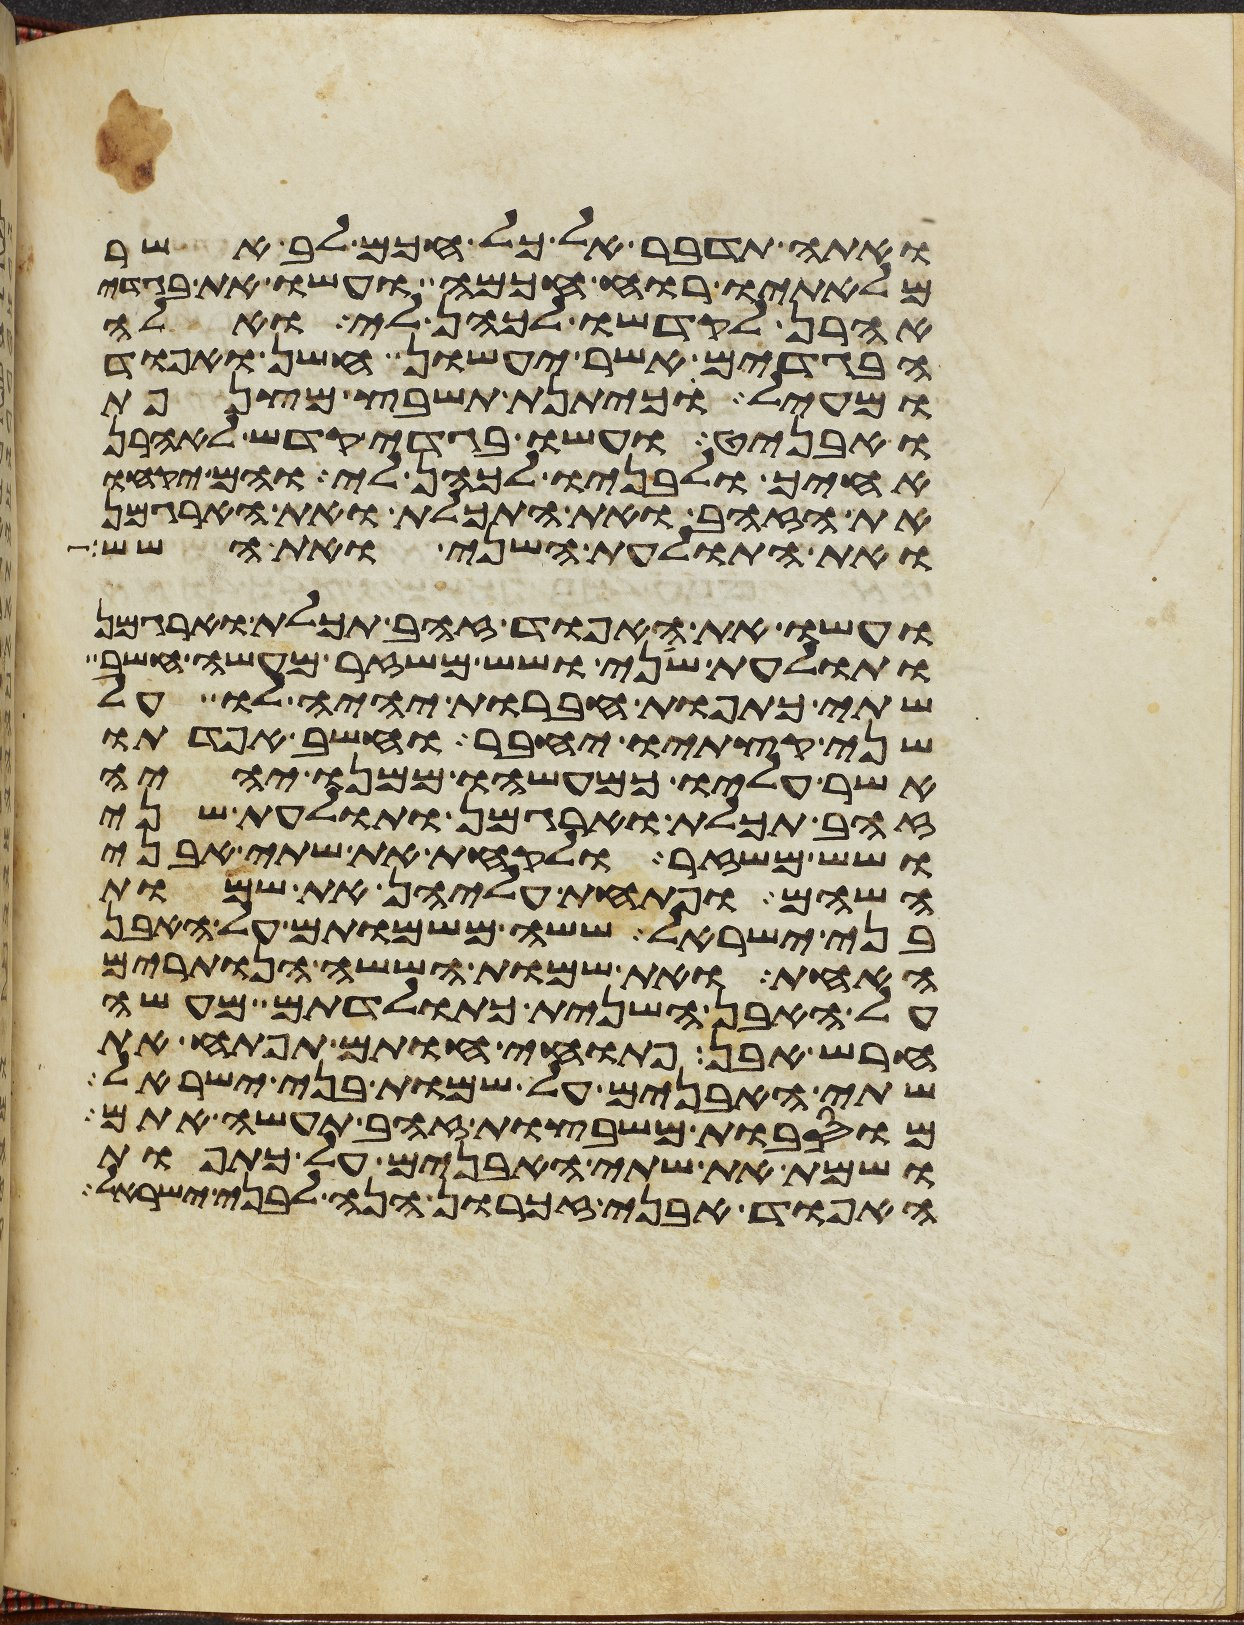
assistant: ואתה תדבר אל כל חכם לב אשר
מלאתיו רוח חכמה ועשו את בגדי
אהרן לקדשו לכהן לי ואלה
הבגדים אשר יעשון חשן ואפוד
ומעיל כיתנת תשבץ מצנפת
ואבניט ועשו בגדי קדש לאהרן
אחיך ולבניו לכהן לי והם יקחו
את הזהב ואת התכלת ואת הארגמן
ואת התולעת השני ואת השש
ועשו את האפוד זהב תכלת וארגמן
ותולעת שני ושש משזר מעשה חשב
שתי כתפות חברות יהיה לו על
שני קצתיו יחבר וחשב אפדתו
אשר עליו כמעשהו ממנו יהיה
זהב תכלת וארגמן ותולעת שני
ושש משזר ולקחת את שתי אבני
השהם ופתחת עליהן את שמות
בני ישראל ששה משמותם על האבן
האחת ואת שמות הששה הנותרים
על האבן השנית כתולדתם מעשה
חרש אבן פתוחי חותם תפתח את
שתי האבנים על שמות בני ישראל
מוסבות משבצות זהב תעשה אתם
ושמת את שתי האבנים על כתפות
האפוד אבני זכרון הנה לבני ישראל